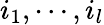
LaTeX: i_{1},\cdots,i_{l}